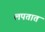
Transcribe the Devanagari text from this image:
लपतात